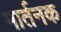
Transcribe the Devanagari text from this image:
मार्तनक